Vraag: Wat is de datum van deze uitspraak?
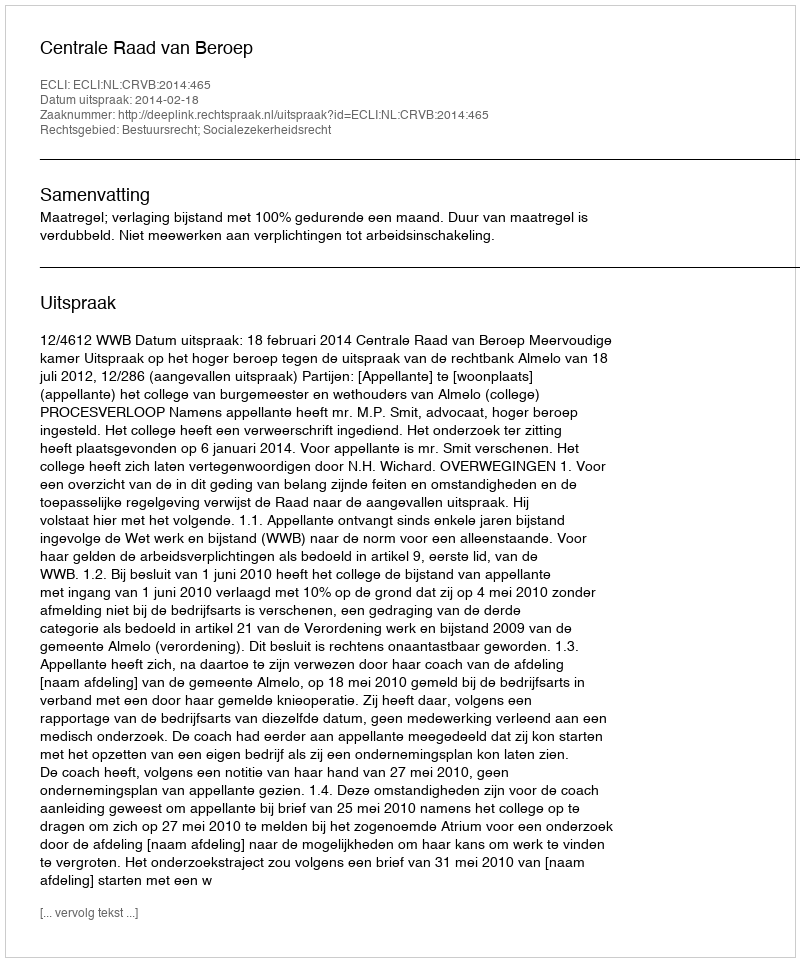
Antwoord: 2014-02-18